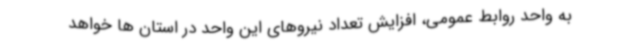
به واحد روابط عمومی، افزایش تعداد نیروهای این واحد در استان ها خواهد